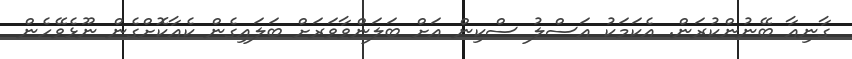
ގާނިއާ ބޭނުންކުރަން. އެކަމަކު އަސްލު ސްކިން އަށް ބަލަންވާވަރަށް ބަލައިގެން ކެއާކޮށްގެން ނޫޅެވޭހެން